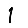
Digit: 1